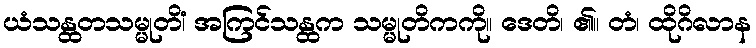
ယံသန္ထတသမ္မုတိံ၊ အကြင်သန္ထက သမ္မုတိကကို။ ဒေတိ၊ ၏။ တံ၊ ထိုဂိလာန